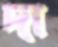
দা